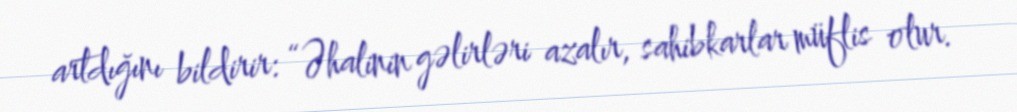
artdığını bildirir: “Əhalinin gəlirləri azalır, sahibkarlar müflis olur.